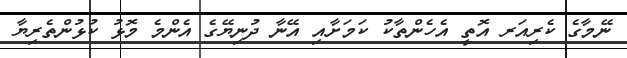
ނޭމާގެ ކެރިއަރ އޮތީ އެހެންތާކު ކަމަށާއި އޭނާ ދުނިޔޭގެ އެންމެ މޮޅު ކުޅުންތެރިޔާ